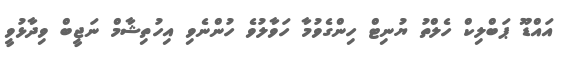
އައްޑޫ ޕަބްލިކް ހެލްތު ޔުނިޓް ހިންގެވުމާ ހަވާލުވެ ހުންނެވި އިހުތިޝާމް ނަޖީބް ވިދާޅުވީ